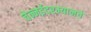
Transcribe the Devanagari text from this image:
चेन्नईदरम्यानचे